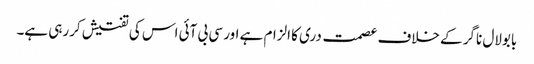
بابولال ناگر کے خلاف عصمت دری کا الزام ہے اور سی بی آئی اس کی تفتیش کررہی ہے۔